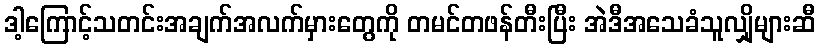
ဒါ့ကြောင့်သတင်းအချက်အလက်မှားတွေကို တမင်တဖန်တီးပြီး အဲဒီအသေခံသူလျှိုများဆီ